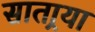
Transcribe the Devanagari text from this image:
सातार्‍या